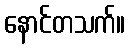
နောင်တသက်။